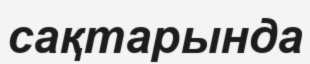
сақтарында